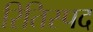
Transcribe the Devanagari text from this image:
रितिस्पद